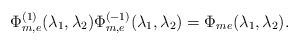
\begin{align*} \Phi_{m,e}^{(1)}(\lambda_1,\lambda_2)\Phi_{m,e}^{(-1)}(\lambda_1,\lambda_2)=\Phi_{me}(\lambda_1,\lambda_2).\end{align*}